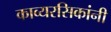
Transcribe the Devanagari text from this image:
काव्यरसिकांनी